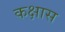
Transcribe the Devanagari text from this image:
कक्षास